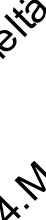
. t